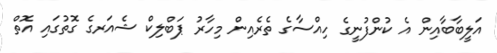
އަލީބާބާއިން އެ ކުންފުނީގެ ހިއްސާގެ ތެރެއިން މިހާރު ޕަބްލިކް ޝެއަރގެ ގޮތުގައި އޮތް